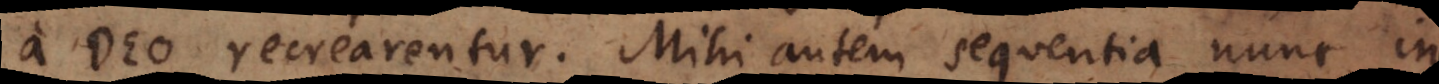
a Deo recrearentur. Mihi autem sequentia nunc in